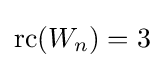
{\text{rc}}(W_{n})=3